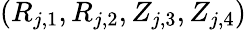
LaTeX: (R_{j,1},R_{j,2},Z_{j,3},Z_{j,4})